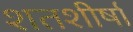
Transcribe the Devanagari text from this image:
शतशीर्षा